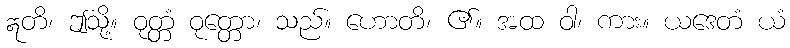
ဣတိ၊ ဤသို့။ ဝုတ္တံ ဝုတ္တော၊ သည်။ ဟောတိ၊ ၏။ အထ ဝါ၊ ကား။ ယဒေတံ ယံ